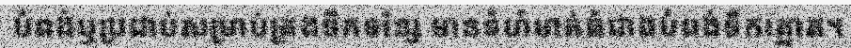
បំពង់ឬប្រដាប់សម្រាប់ត្រងទឹកទន្សែ មានទំហំមាត់ធំជាងបំពង់ទឹកត្នោត។